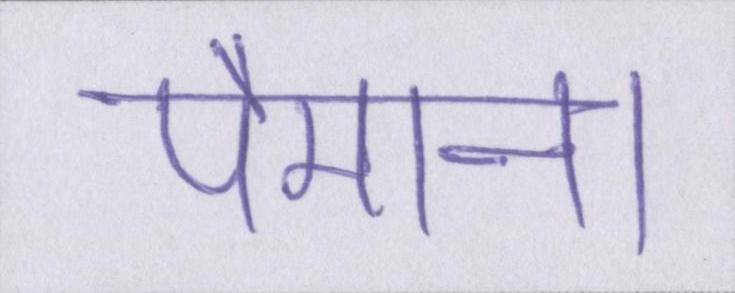
पैमाना